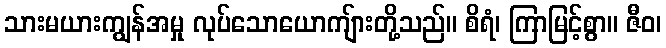
သားမယားကျွန်အမှု လုပ်သောယောကျ်ားတို့သည်။ စိရံ၊ ကြာမြင့်စွာ။ ဇီဝ၊